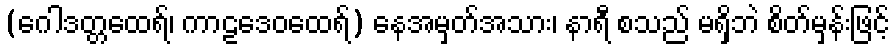
(ဂေါဒတ္တထေရ်၊ ကာဠဒေဝထေရ်) နေအမှတ်အသား၊ နာရီ စသည် မရှိဘဲ စိတ်မှန်းဖြင့်